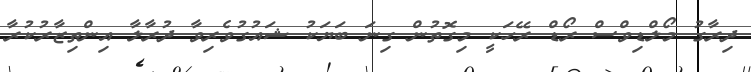
ދިރާގު މޯލްޑިވްސް ރޯޑް ރޭހަކީ މިގޮތުން ގިނަ ބަޔަކު ޝައުގުވެރިވާ ދުރާލާ އިންތިޒާރުކުރާ